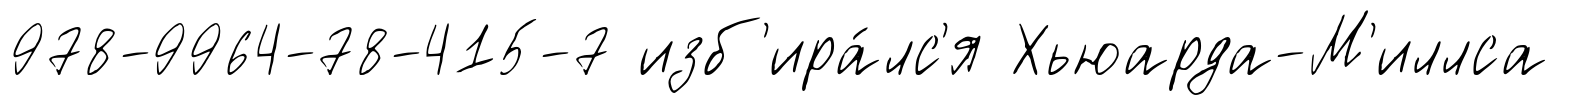
978-9964-78-415-7 изб'ира́лс'я Хьюарда-М'иллса